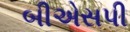
બીએસપી